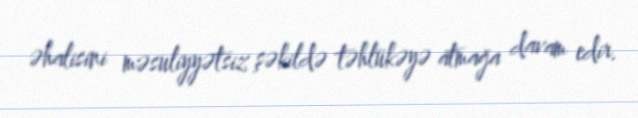
əhalisini məsuliyyətsiz şəkildə təhlükəyə atmağa davam edir.